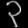
Digit: ၃